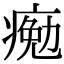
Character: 𤸩